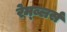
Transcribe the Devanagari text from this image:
रेम्ब्लर्स